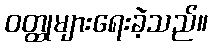
ဝတ္ထုများရေးခဲ့သည်။